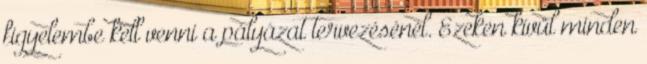
figyelembe kell venni a pályázat tervezésénél. Ezeken kívül minden